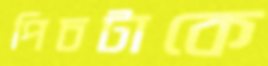
পিচটাকে